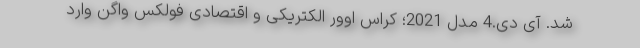
شد. آی دی.4 مدل 2021؛ کراس اوور الکتریکی و اقتصادی فولکس واگن وارد